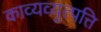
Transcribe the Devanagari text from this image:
काव्यव्युत्पत्ति